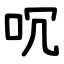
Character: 㕴